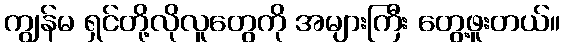
ကျွန်မ ရှင်တို့လိုလူတွေကို အများကြီး တွေ့ဖူးတယ်။